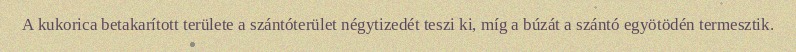
A kukorica betakarított területe a szántóterület négytizedét teszi ki, míg a búzát a szántó egyötödén termesztik.